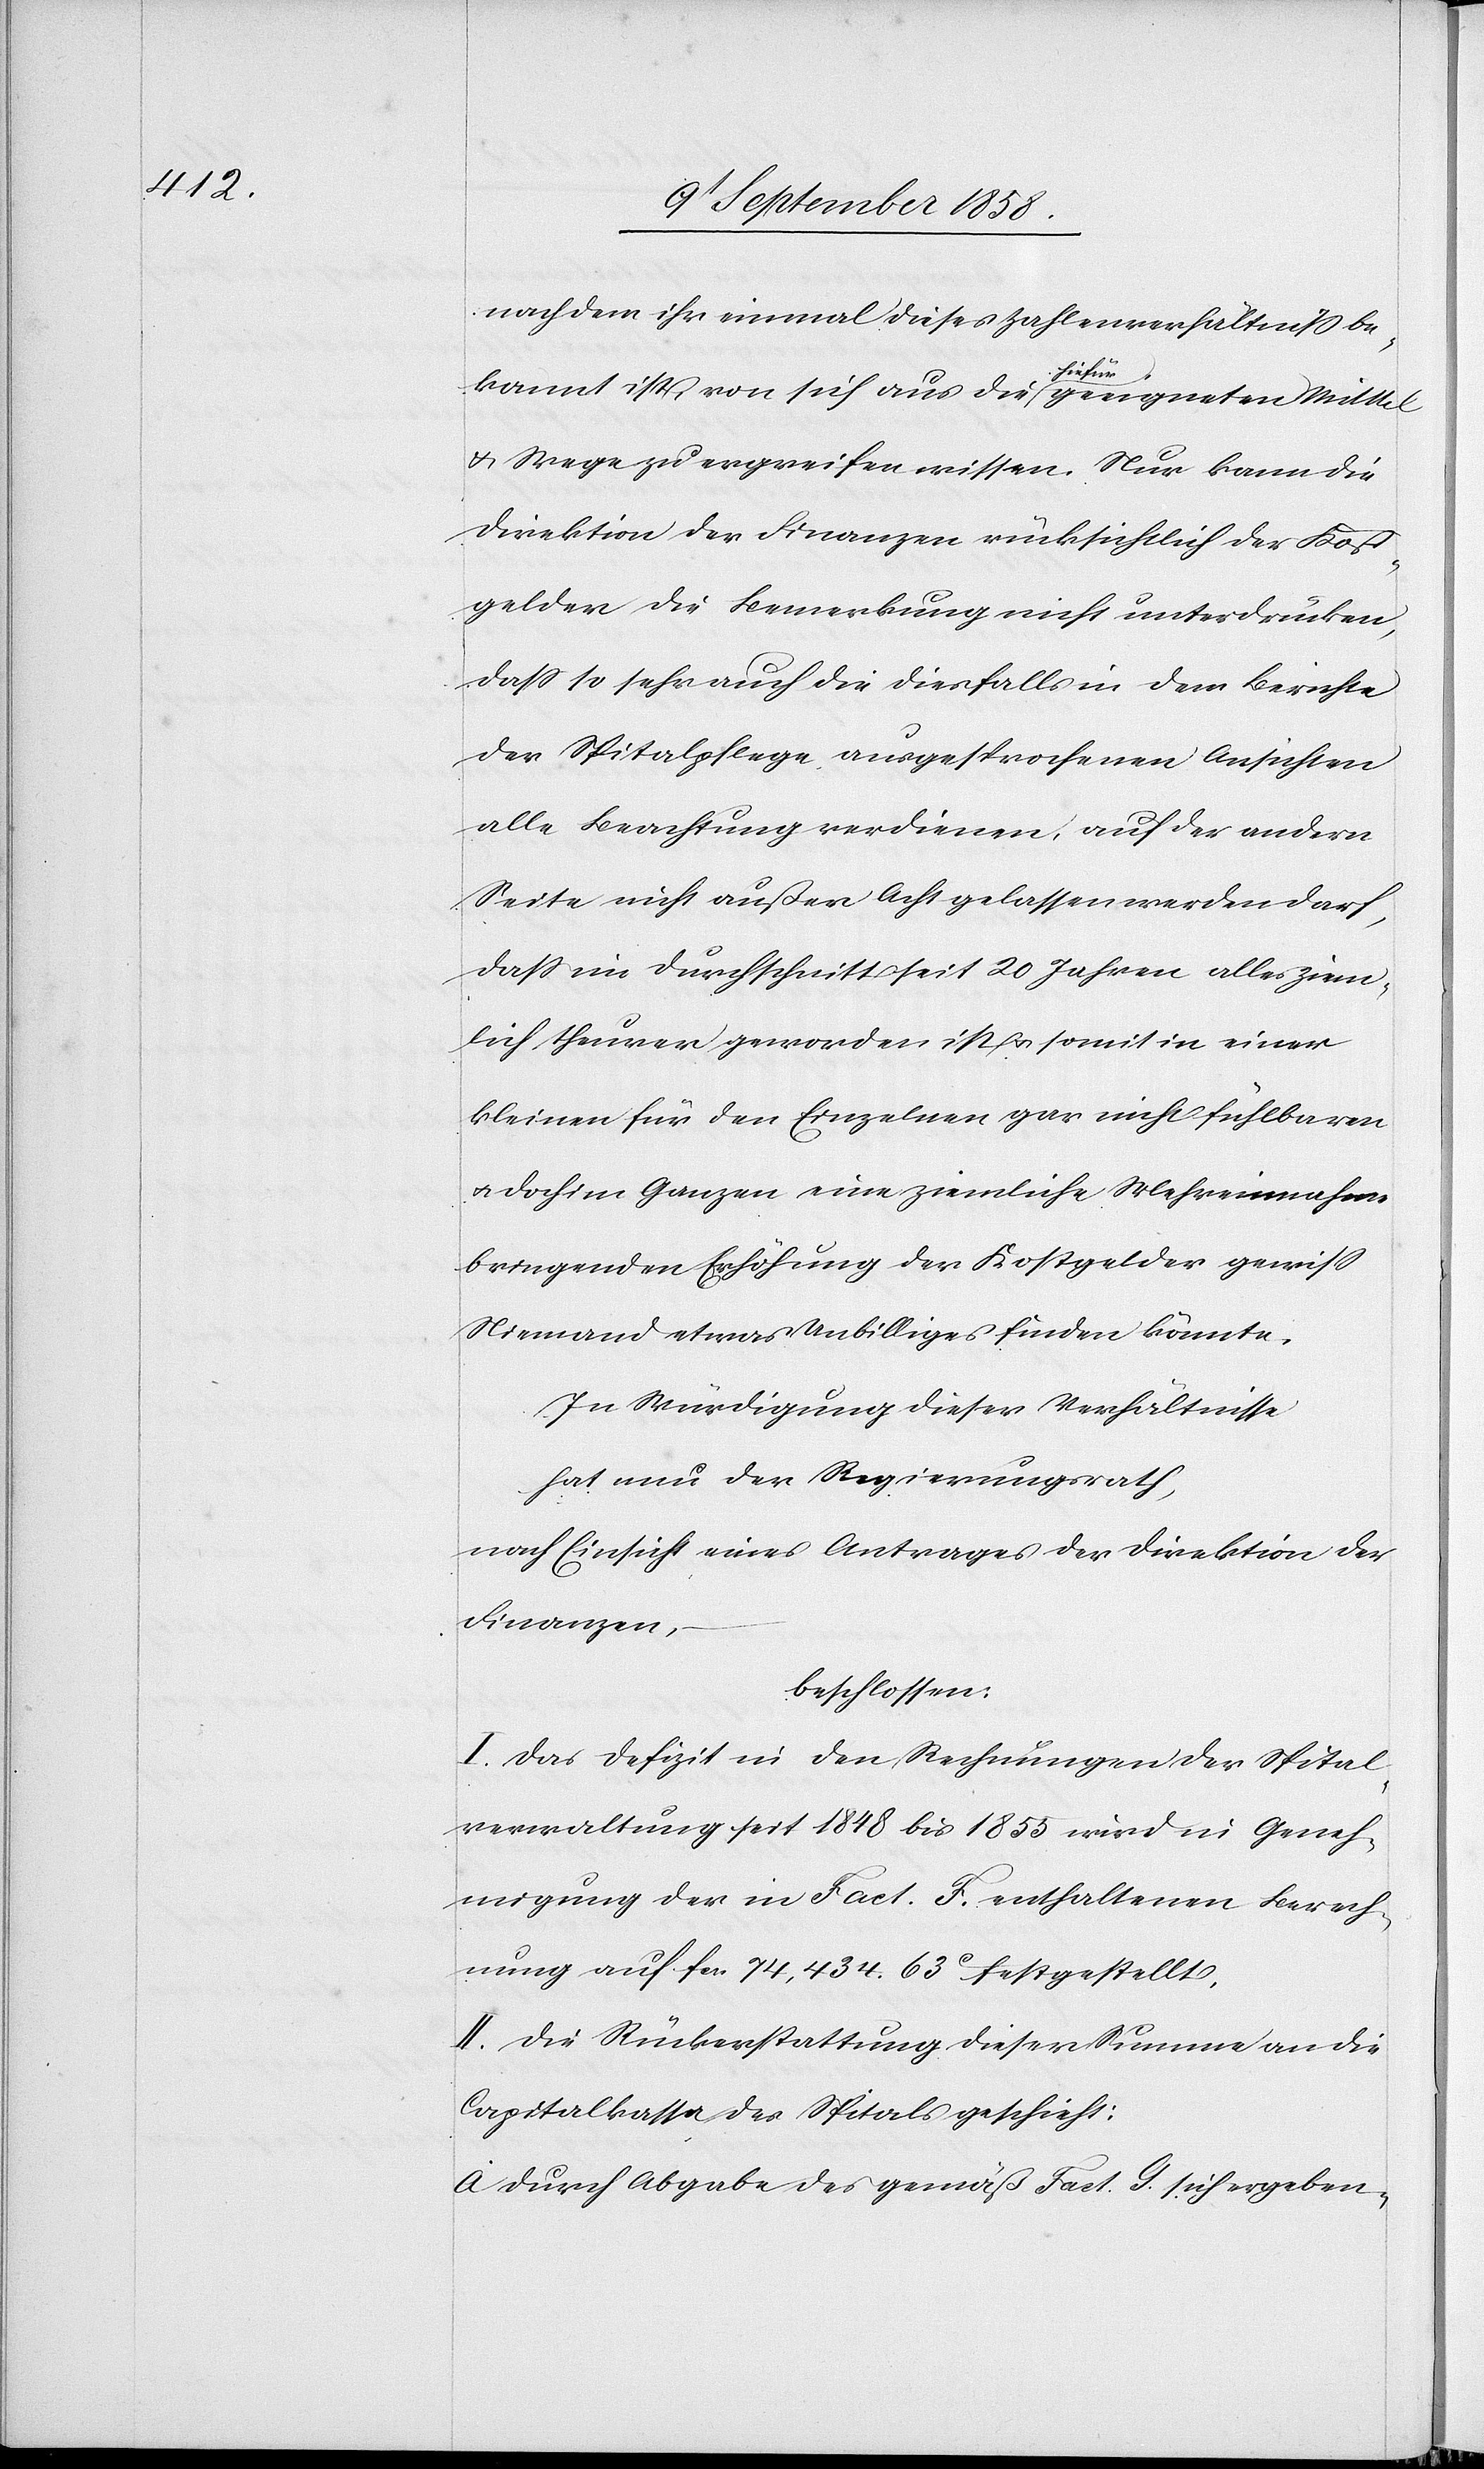
nachdem ihr einmal dieses Zahlenverhältniß be¬
kannt ist, von sich aus die hiefür geeigneten Mittel
& Wege zu ergreifen wissen. Nur kann die
Direktion der Finanzen rücksichtlich der Kost¬
gelder die Bemerkung nicht unterdrücken,
dass so sehr auch die diesfalls in dem Berichte
der Spitalpflege ausgesprochenen Ansichten
alle Beachtung verdienen, auf der andern
Seite nicht außer Acht gelassen werden darf,
dass im Durchschnitt seit 20 Jahren alles ziem¬
lich theurer geworden ist & somit in einer
kleinen für den Einzelnen gar nicht fühlbaren
& doch im Ganzen eine ziemliche Mehreinnahme
bringenden Erhöhung der Kostgelder gewiss
Niemand etwas Unbilliges finden könnte.
In Würdigung dieser Verhältnisse
hat nun der Regierungsrath,
nach Einsicht eines Antrages der Direktion der
Finanzen,
beschlossen:
I. Das Defizit in den Rechnungen der Spital¬
verwaltung seit 1848 bis 1855 wird in Geneh¬
migung der in Fact. F. enthaltenen Berech¬
nung auf fcs. 74,434. 63c festgestellt.
II. Die Rückerstattung dieser Summe an die
Capitalkassa des Spitals geschieht:
a. durch Abgabe des gemäß Fact. G. sich ergeben-